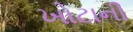
ખોટાની